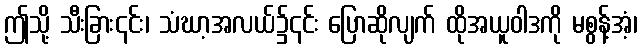
ဤသို့ သီးခြား၎င်း၊ သံဃာ့အလယ်၌၎င်း ပြောဆိုလျက် ထိုအယူဝါဒကို မစွန့်အံ့၊